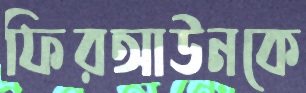
ফিরআউনকে